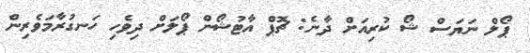
ޕޯލް ނަޔަސް ޝޯ ކުރިއަށް ދާނެ: ޗޮޕް އާޓުޝޯން ޕޯލަށް ދިވެހި ހަނގުރާމަވެރިން